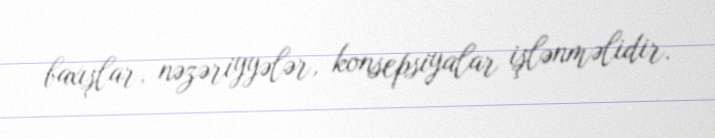
baxışlar, nəzəriyyələr, konsepsiyalar işlənməlidir.